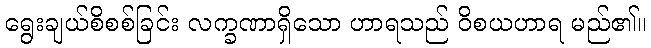
ရွေးချယ်စိစစ်ခြင်း လက္ခဏာရှိသော ဟာရသည် ဝိစယဟာရ မည်၏။